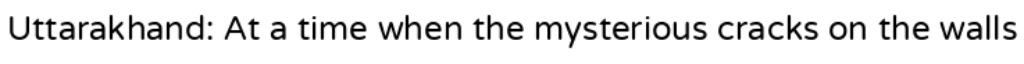
Uttarakhand: At a time when the mysterious cracks on the walls